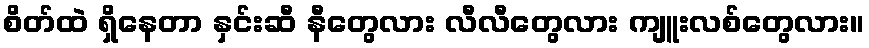
စိတ်ထဲ ရှိနေတာ နှင်းဆီ နီတွေလား လီလီတွေလား ကျူးလစ်တွေလား။